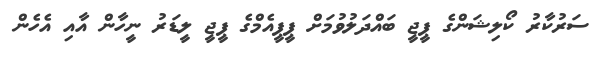
ސަރުކާރު ކޯލިޝަންގެ ޕީޖީ ބައްދަލުވުމަށް ޕީޕީއެމްގެ ޕީޖީ ލީޑަރު ނީހާން އާއި އެހެން